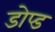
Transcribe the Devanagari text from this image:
डोप्ड